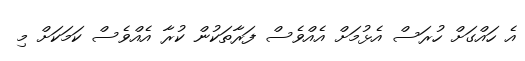
އެ ހައްގަށް ހުރަސް އެޅުމަށް އެއްވެސް ފަރާތަކުން ކުރާ އެއްވެސް ކަމަކަށް މި